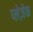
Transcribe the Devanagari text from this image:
प्लेज़ेक